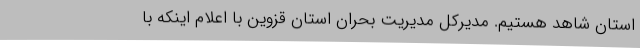
استان شاهد هستیم. مدیرکل مدیریت بحران استان قزوین با اعلام اینکه با